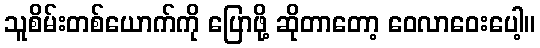
သူစိမ်းတစ်ယောက်ကို ပြောဖို့ ဆိုတာတော့ ဝေလာဝေးပေါ့။